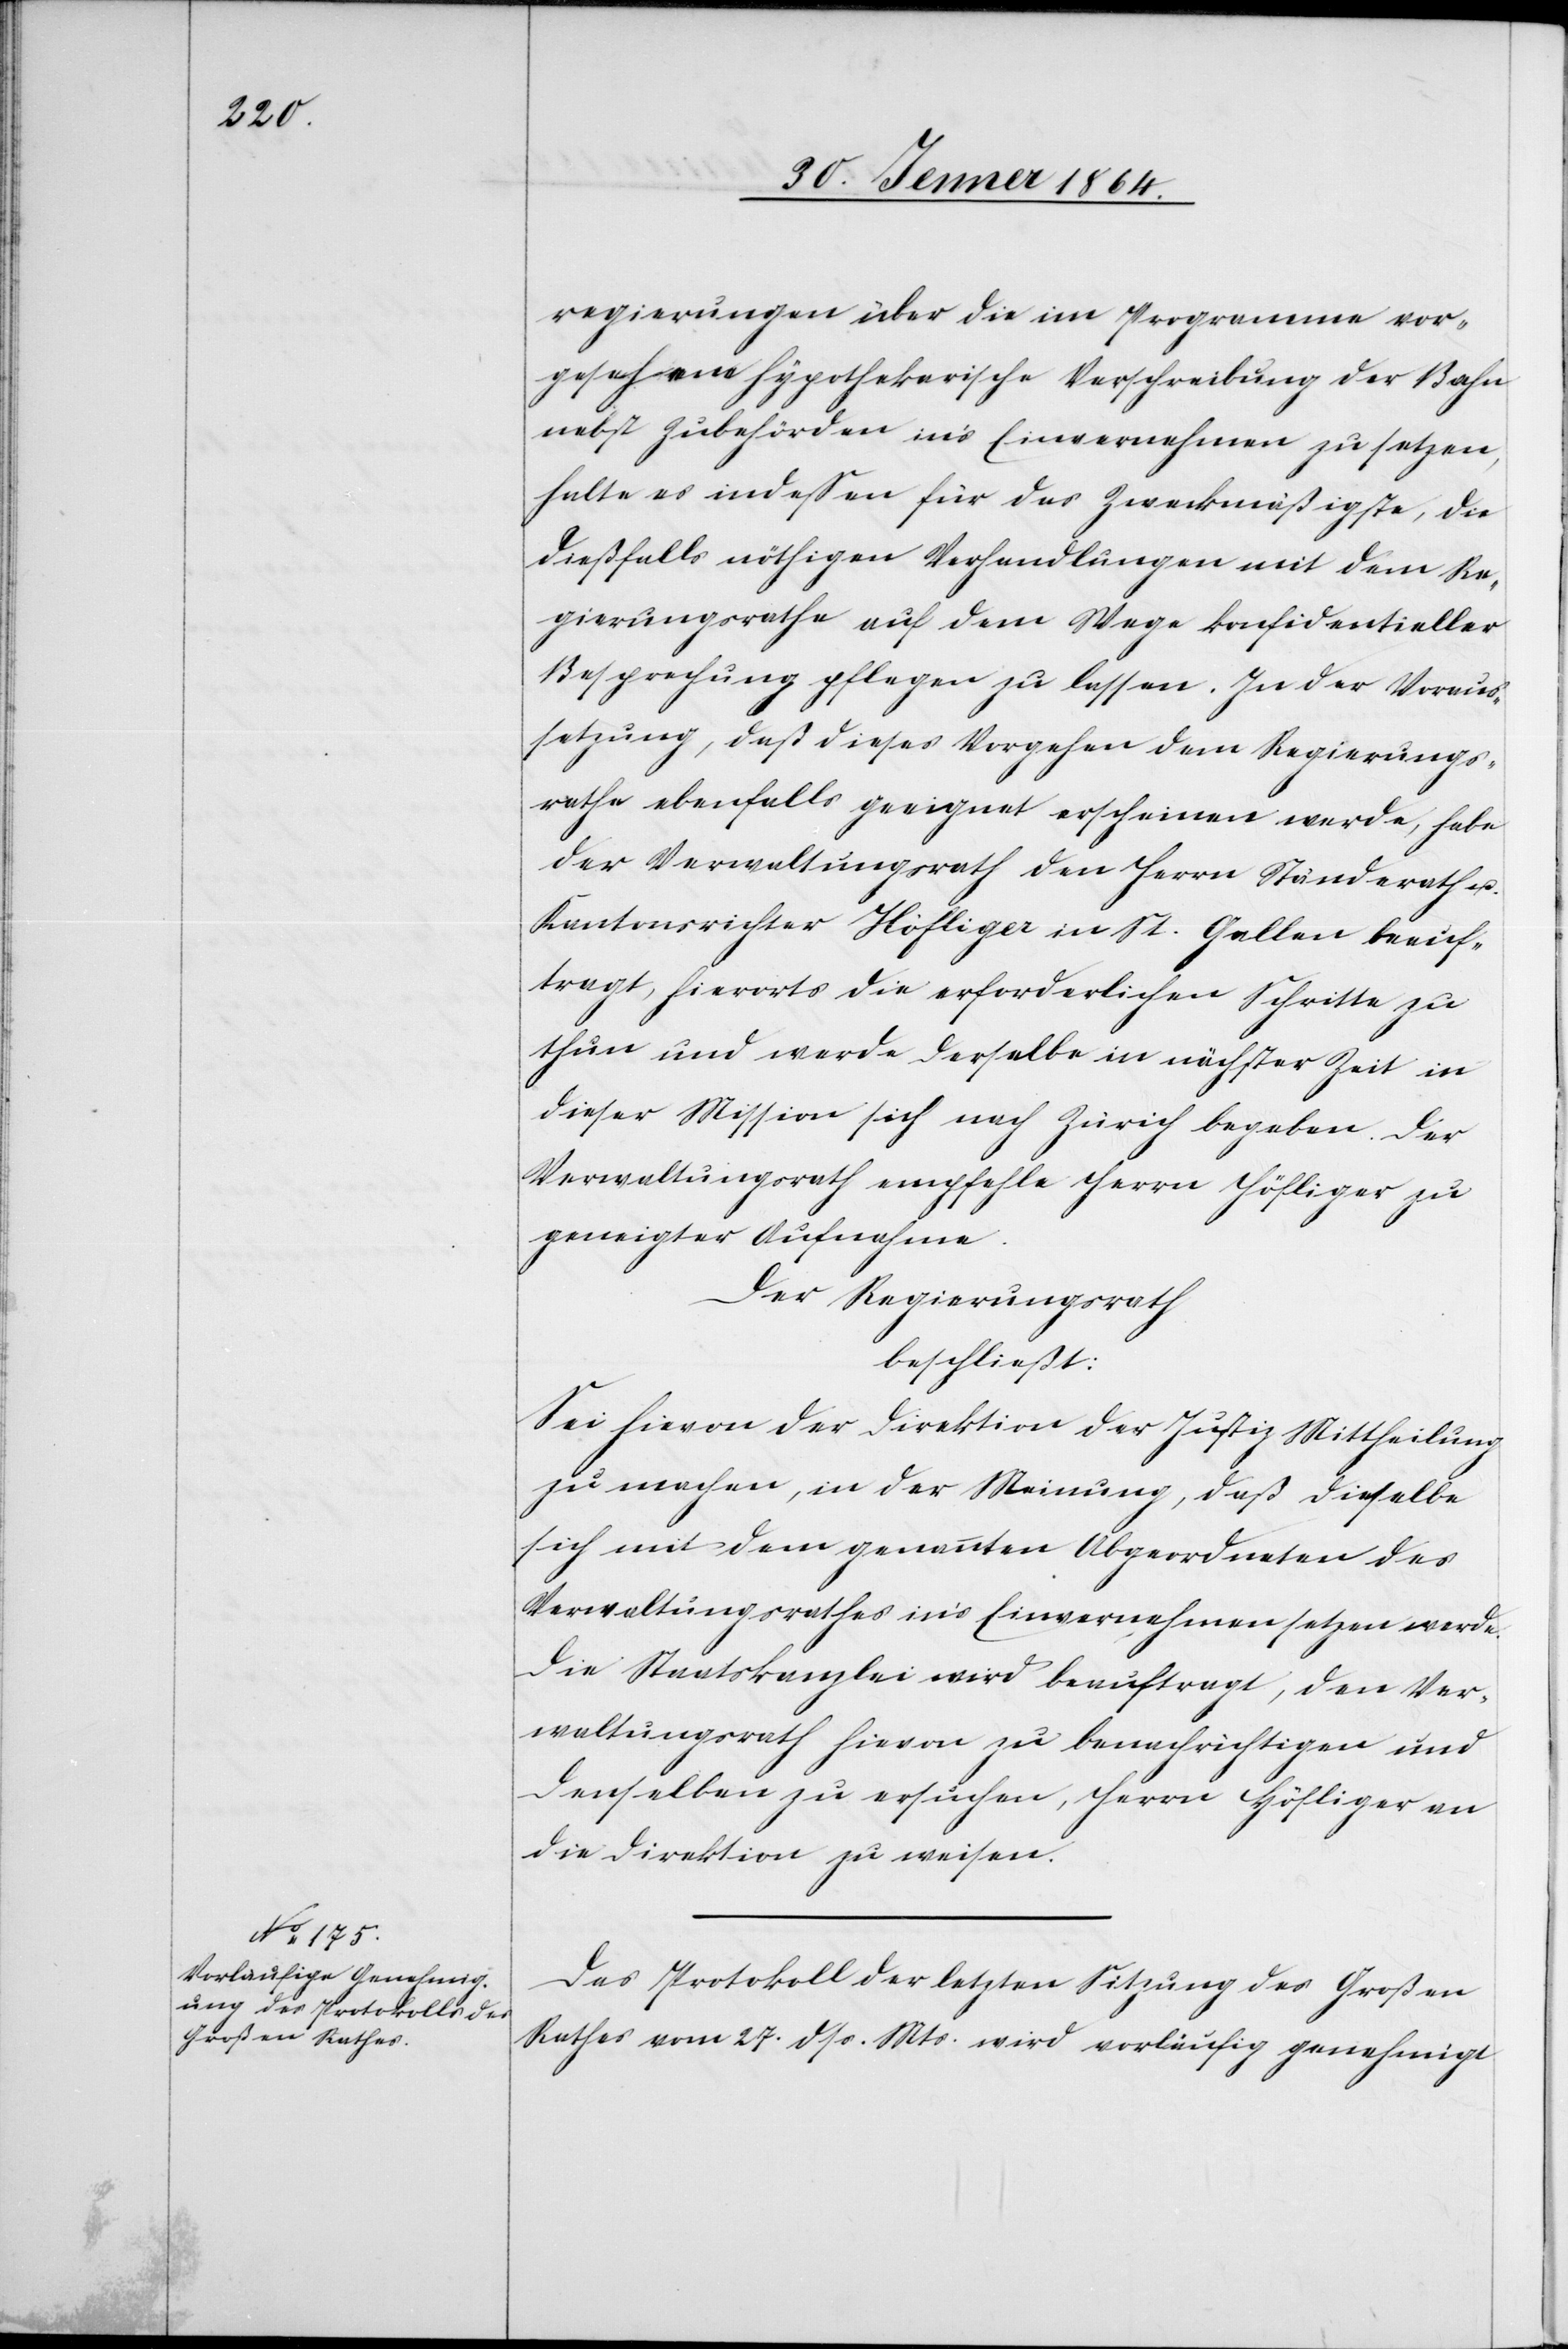
regierungen über die im Programme vor¬
gesehene hypothekarische Verschreibung der Bahn
nebst Zubehörden in’s Einvernehmen zu setzen,
halte es indessen für das Zweckmäßigste, die
dießfalls nöthigen Verhandlungen mit dem Re¬
gierungsrathe auf dem Wege konfidentieller
Besprechung pflegen zu lassen. In der Voraus¬
setzung, daß dieses Vorgehen dem Regierungs¬
rathe ebenfalls geeignet erscheinen werde, habe
der Verwaltungsrath den Herrn Ständerath u.
Kantonsrichter Höfliger in St. Gallen beauf¬
tragt, hierorts die erforderlichen Schritte zu
thun und werde derselbe in nächster Zeit in
dieser Mission sich nach Zürich begeben. Der
Verwaltungsrath empfehle Herrn Höfliger zu
geneigter Aufnahme.
Der Regierungsrath
beschließt:
Sei hievon der Direktion der Justiz Mittheilung
zu machen, in der Meinung, daß dieselbe
sich mit dem genannten Abgeordneten des
Verwaltungsrathes in’s Einvernehmen setzen werde.
Die Staatskanzlei wird beauftragt, den Ver¬
waltungsrath hievon zu benachrichtigen und
denselben zu ersuchen, Herrn Höfliger an
die Direktion zu weisen.
Das Protokoll der letzten Sitzung des Großen
Rathes vom 27. dss. Mts. wird vorläufig genehmigt